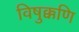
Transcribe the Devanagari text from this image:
विषुक्कणि